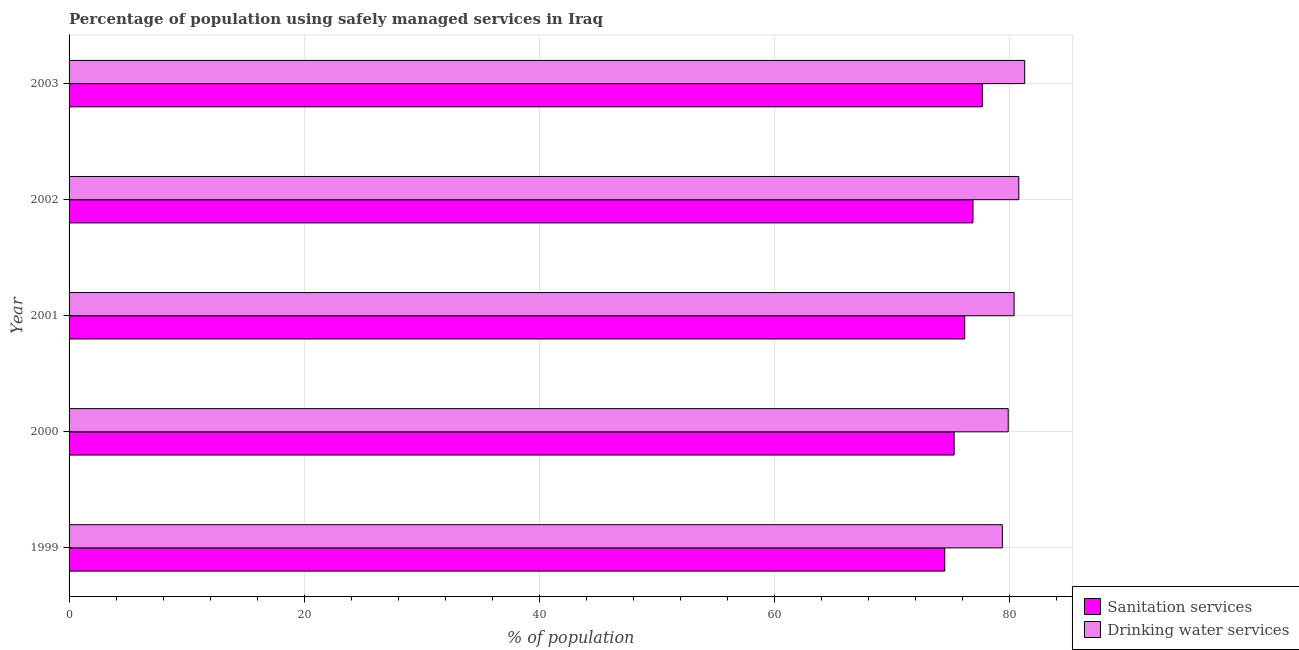
| Year | Sanitation services | Drinking water services |
 | --- | --- | --- |
 | 1999 | 74.5 | 79.4 |
 | 2000 | 75.3 | 79.9 |
 | 2001 | 76.2 | 80.4 |
 | 2002 | 76.9 | 80.8 |
 | 2003 | 77.7 | 81.3 |